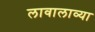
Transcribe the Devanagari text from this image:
लावालाव्या